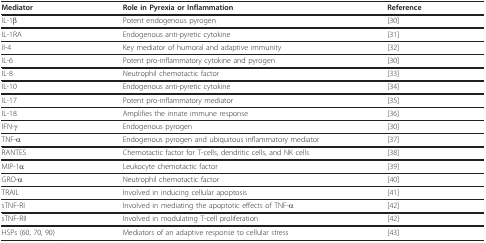
<table><thead><tr><td><b>Mediator</b></td><td><b>Role in Pyrexia or Inflammation</b></td><td><b>Reference</b></td></tr></thead><tbody><tr><td>IL-1β</td><td>Potent endogenous pyrogen</td><td>[30]</td></tr><tr><td>IL-1RA</td><td>Endogenous anti-pyretic cytokine</td><td>[31]</td></tr><tr><td>Il-4</td><td>Key mediator of humoral and adaptive immunity</td><td>[32]</td></tr><tr><td>IL-6</td><td>Potent pro-inflammatory cytokine and pyrogen</td><td>[30]</td></tr><tr><td>IL-8</td><td>Neutrophil chemotactic factor</td><td>[33]</td></tr><tr><td>IL-10</td><td>Endogenous anti-pyretic cytokine</td><td>[34]</td></tr><tr><td>IL-17</td><td>Potent pro-inflammatory mediator</td><td>[35]</td></tr><tr><td>IL-18</td><td>Amplifies the innate immune response</td><td>[36]</td></tr><tr><td>IFN-γ</td><td>Endogenous pyrogen</td><td>[30]</td></tr><tr><td>TNF-α</td><td>Endogenous pyrogen and ubiquitous inflammatory mediator</td><td>[37]</td></tr><tr><td>RANTES</td><td>Chemotactic factor for T-cells, dendritic cells, and NK cells</td><td>[38]</td></tr><tr><td>MIP-1α</td><td>Leukocyte chemotactic factor</td><td>[39]</td></tr><tr><td>GRO-α</td><td>Neutrophil chemotactic factor</td><td>[40]</td></tr><tr><td>TRAIL</td><td>Involved in inducing cellular apoptosis</td><td>[41]</td></tr><tr><td>sTNF-RI</td><td>Involved in mediating the apoptotic effects of TNF-α</td><td>[42]</td></tr><tr><td>sTNF-RII</td><td>Involved in modulating T-cell proliferation</td><td>[42]</td></tr><tr><td>HSPs (60, 70, 90)</td><td>Mediators of an adaptive response to cellular stress</td><td>[43]</td></tr></tbody></table>